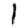
Digit: 1